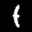
Label: 1